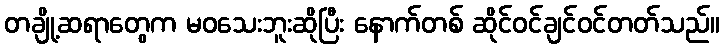
တချို့ဆရာတွေက မဝသေးဘူးဆိုပြီး နောက်တစ် ဆိုင်ဝင်ချင်ဝင်တတ်သည်။